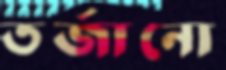
তর্জানো